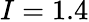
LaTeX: I=1.4